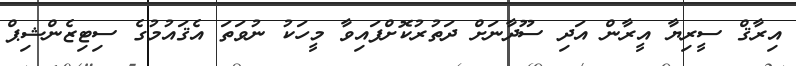
އިރާޤް ސީރިޔާ އީރާން އަދި ސޫދާނަށް ދަތުރުކޮށްފައިވާ މީހަކު ނުވަތަ އެޤައުމުގެ ސިޓިޒެންޝިޕް